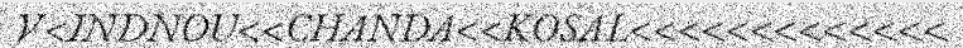
V<INDNOU<<CHANDA<<KOSAL<<<<<<<<<<<<<